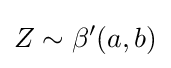
Z\sim \beta '(a,b)